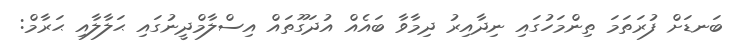
ބަނޑަށް ފުރަތަމަ ތިންމަހުގައި ނިދާއިރު ދިމާވާ ބައެއް އުދަގޫތައް އިސްލާމްދީނުގައި ޙަލާލާއި ޙަރާމް: